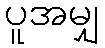
ပူအမျှ